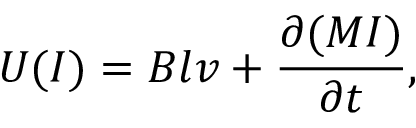
U ( I ) = B l v + \frac { \partial ( M I ) } { \partial t } ,